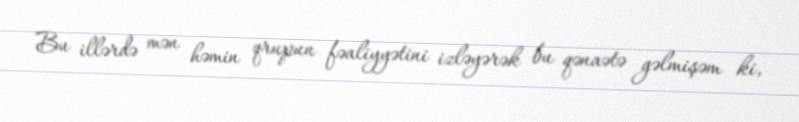
Bu illərdə mən həmin qrupun fəaliyyətini izləyərək bu qənaətə gəlmişəm ki,